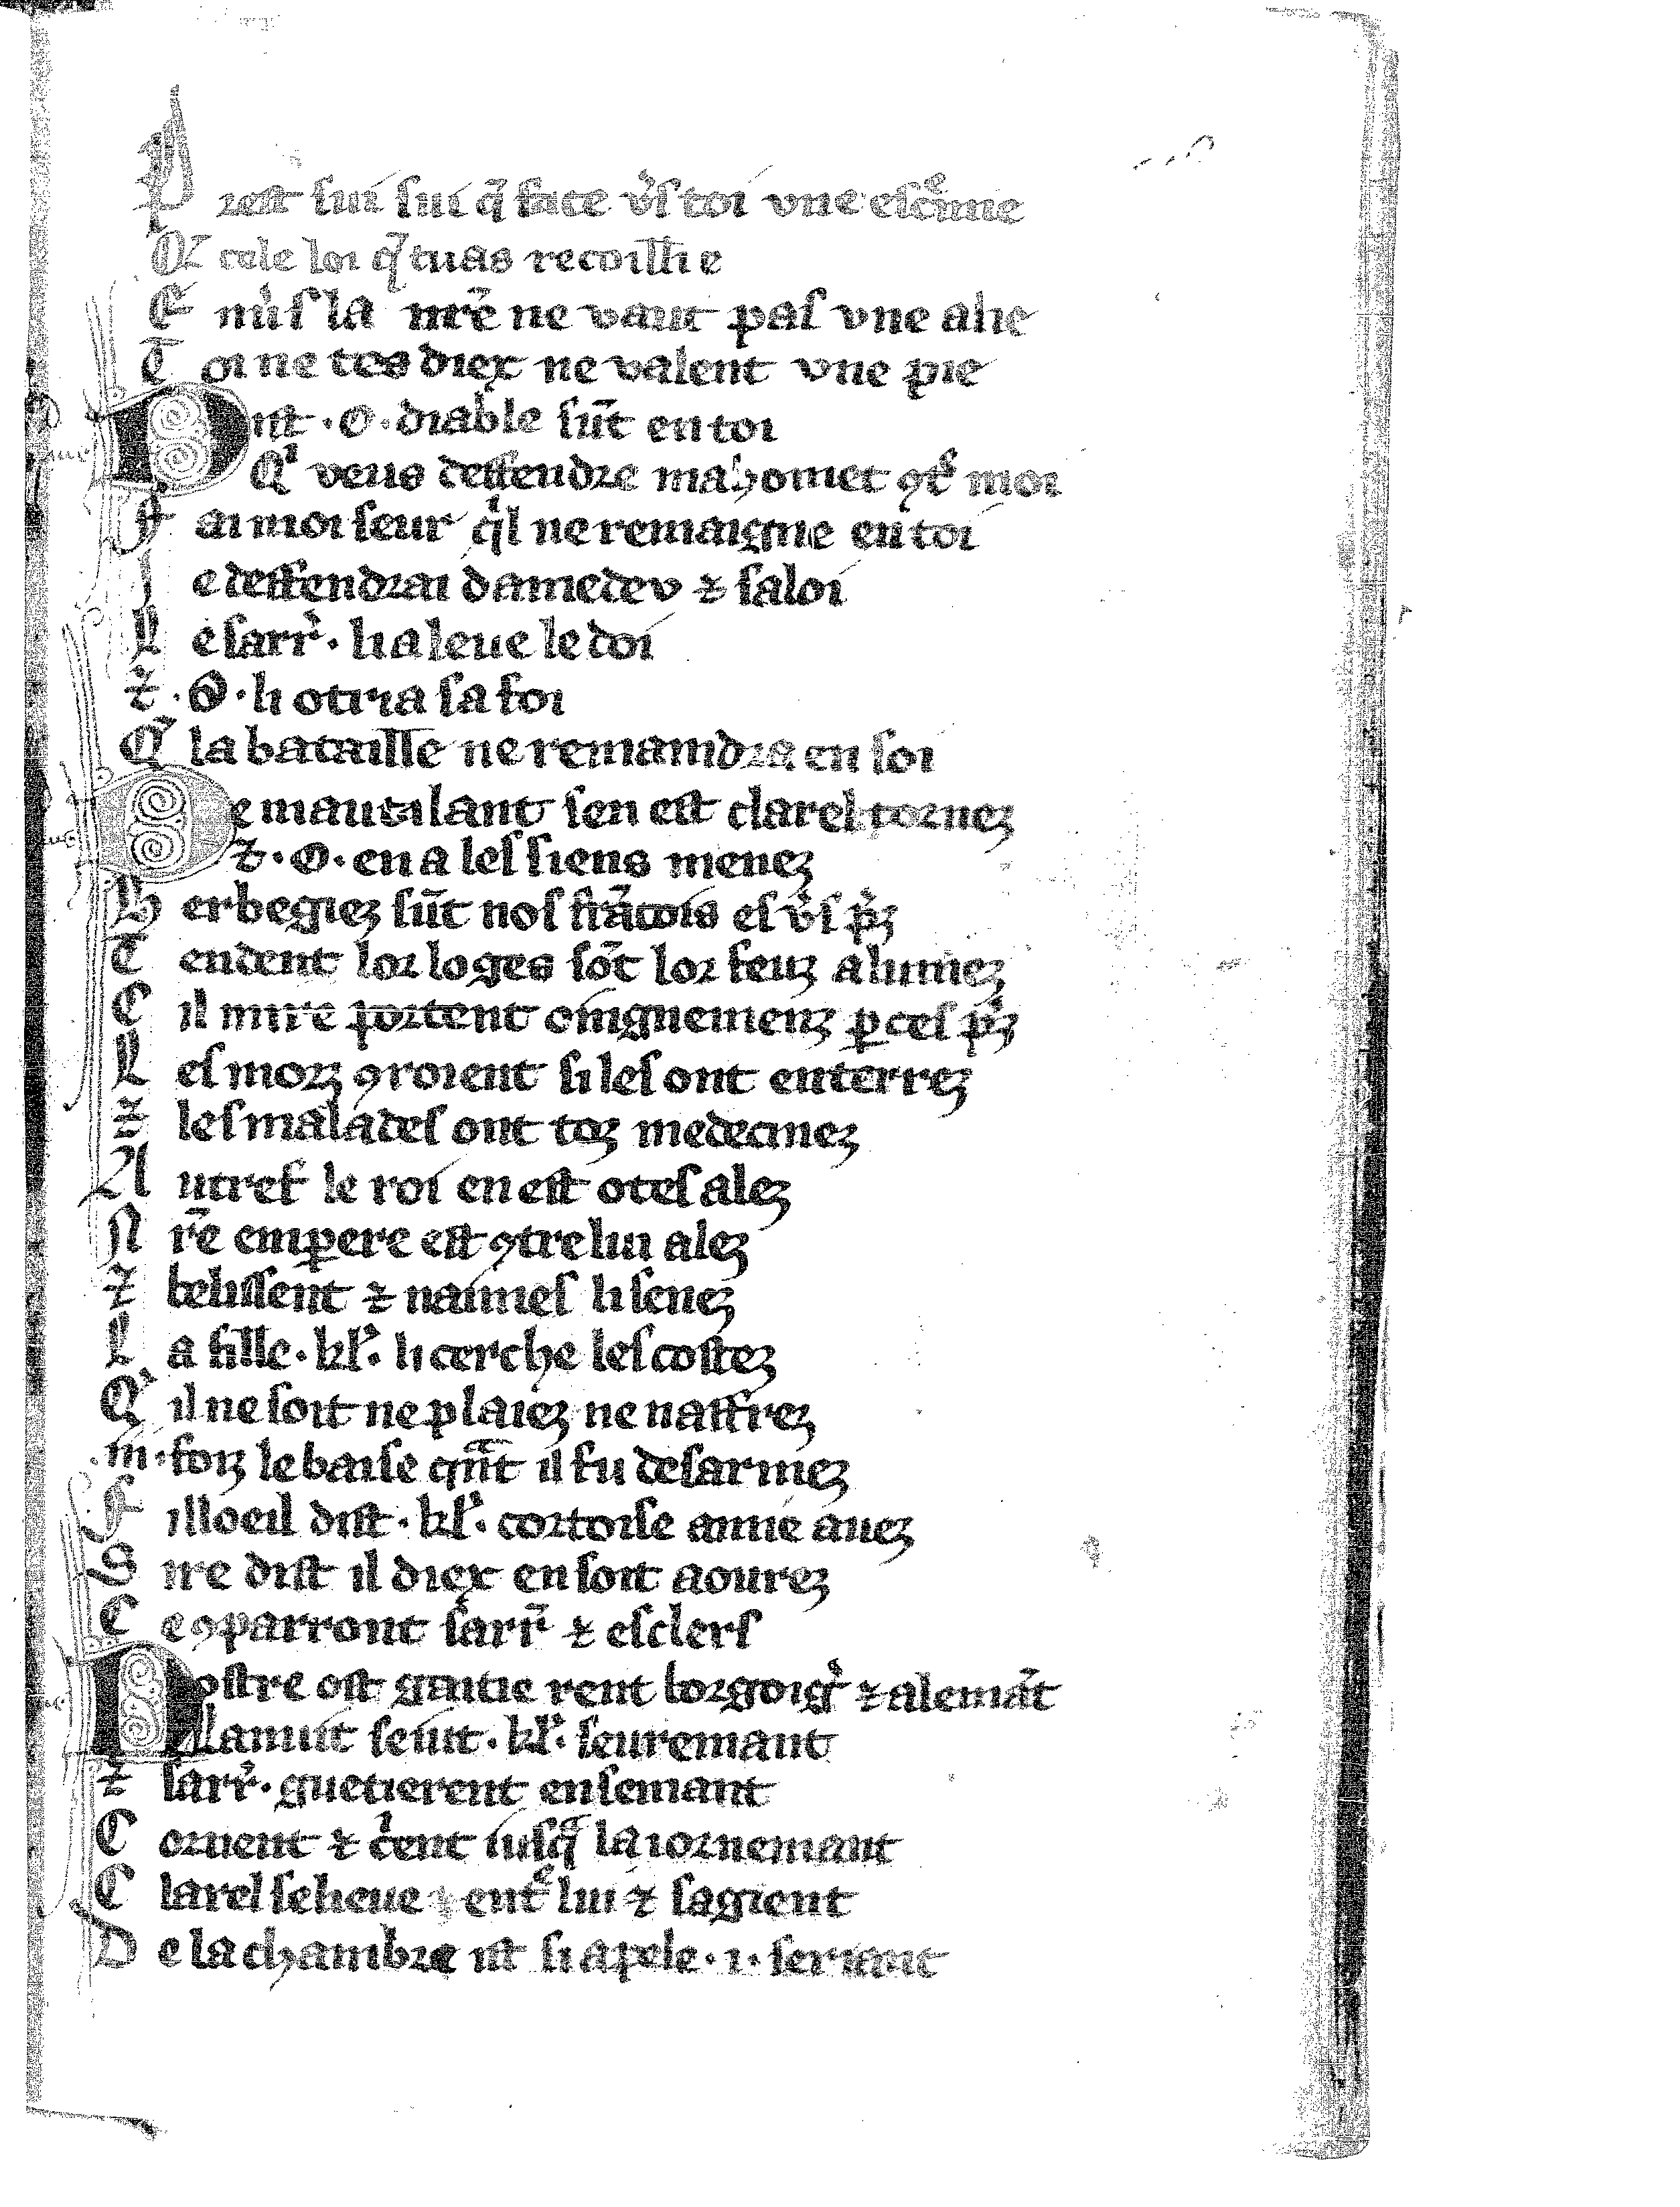
Shelfmark: Vatican, Biblioteca apostolica vaticana, Reg.lat. 1616
Century: 14